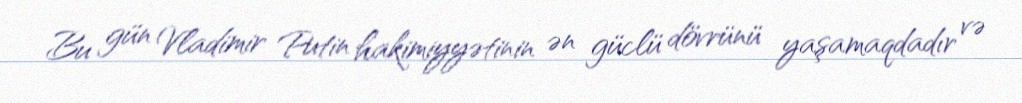
Bu gün Vladimir Putin hakimiyyətinin ən güclü dövrünü yaşamaqdadır və